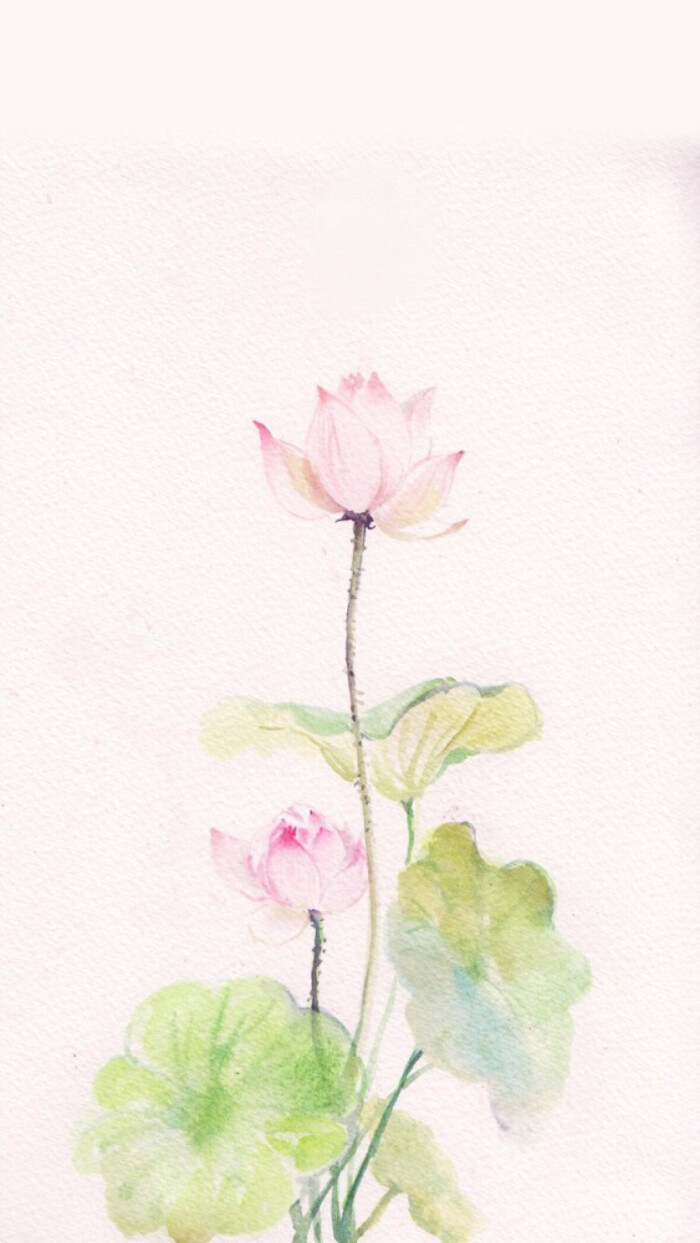
思悠悠，恨悠悠，恨到归时方始休。